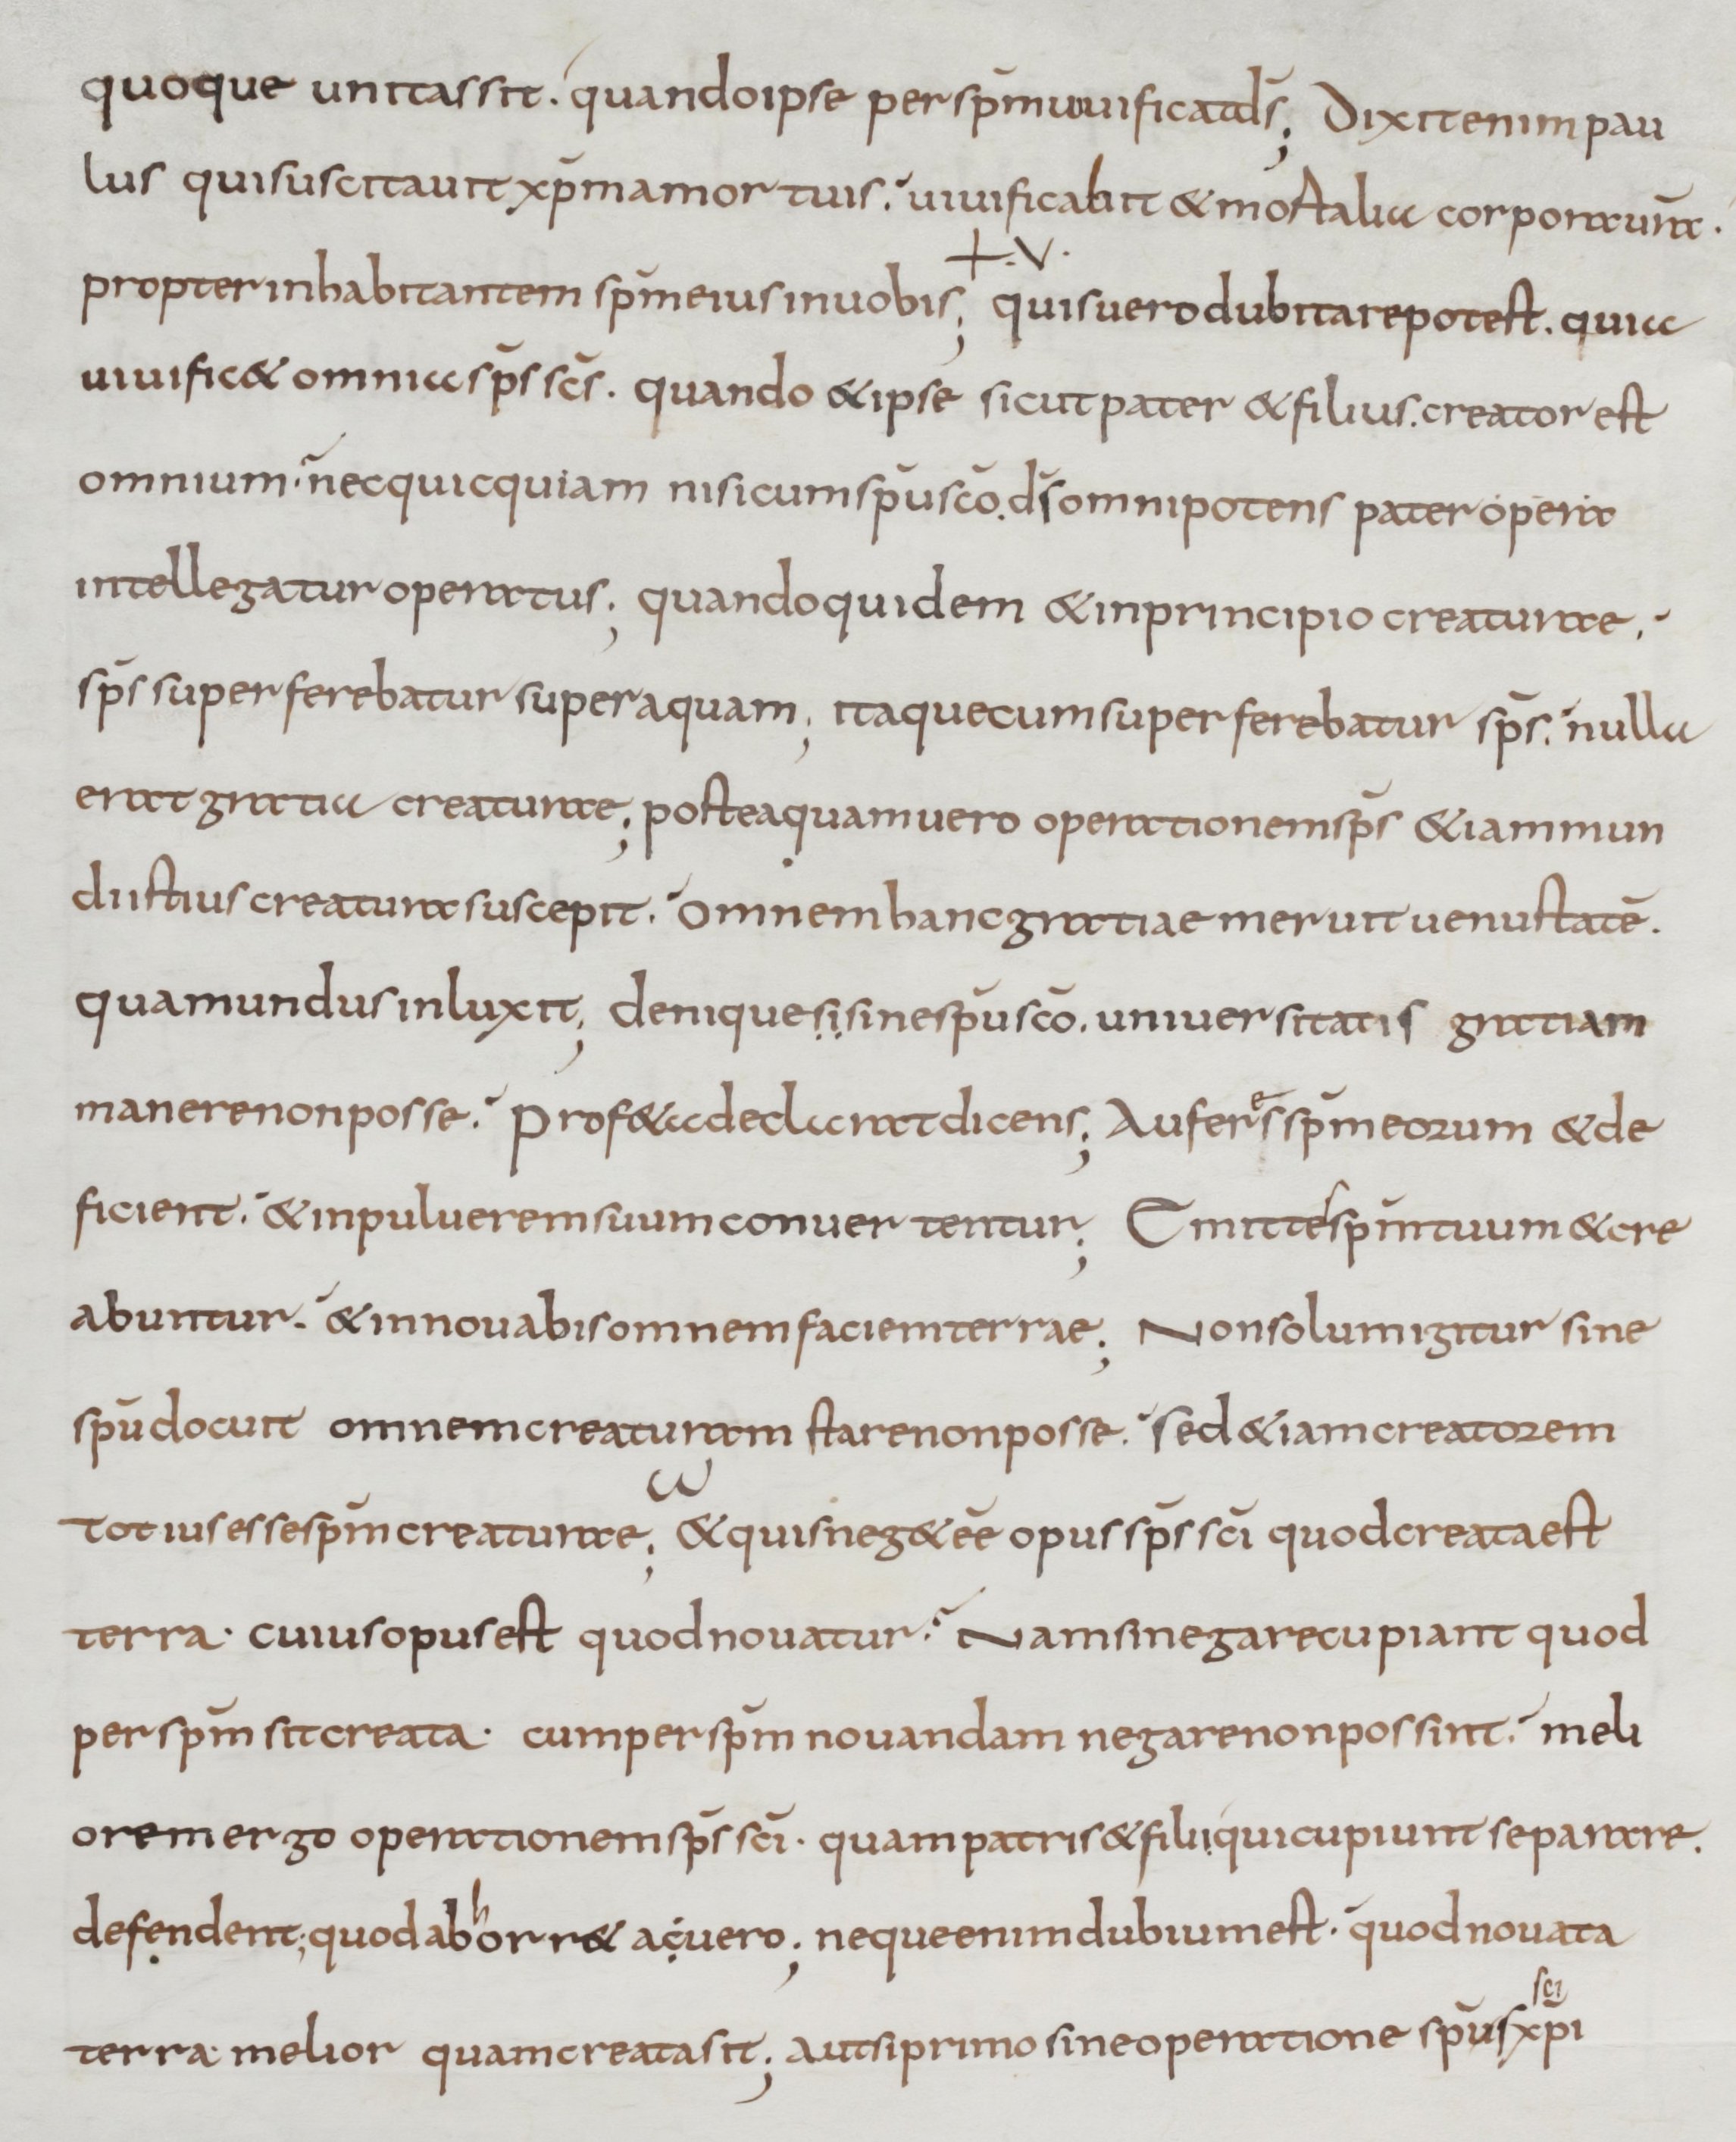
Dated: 800–899